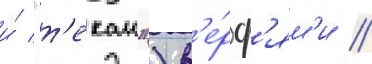
и́ "т'екаи") в'е́рф'ям'и //